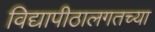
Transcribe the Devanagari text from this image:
विद्यापीठालगतच्या